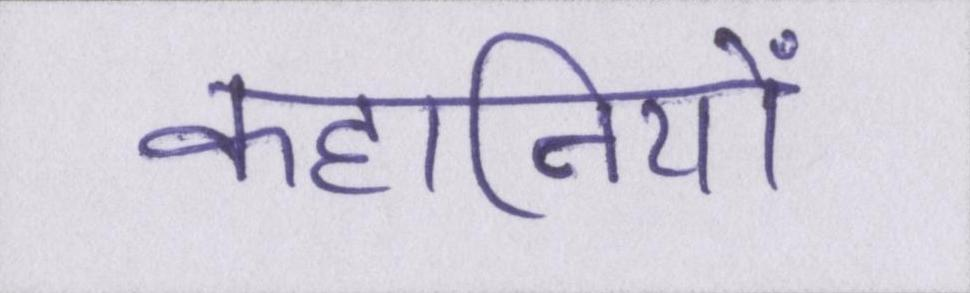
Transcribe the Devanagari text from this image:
कहानियों